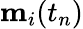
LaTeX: \mathbf{m}_{i}(t_{n})